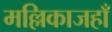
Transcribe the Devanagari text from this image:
मल्लिकाजहाँ